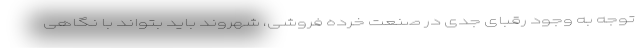
توجه به وجود رقبای جدی در صنعت خرده فروشی، شهروند باید بتواند با نگاهی